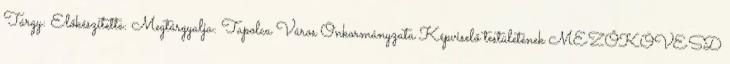
Tárgy: Előkészítette: Megtárgyalja: Tapolca Város Önkormányzata Képviselő testületének MEZŐKÖVESD